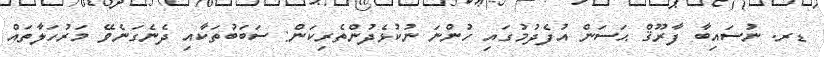
ޑރ. ނުސައިބާ ފާރޫޤް ޙަސަން އުފެދުމުގައި ހުންނަ ނުކުޅެދުންތެރިކަން: ސަބަބުތަކާއި ދެނެގަނެވޭ މަރުހަލާތައް